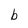
Character: b